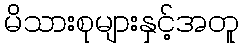
မိသားစုများနှင့်အတူ